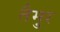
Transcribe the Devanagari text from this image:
तैमु्र